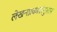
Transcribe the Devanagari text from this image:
लेखनप्रकारांनुसार